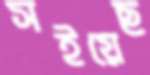
সইয়েছ